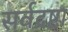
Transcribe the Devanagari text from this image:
सर्वद्रष्टा